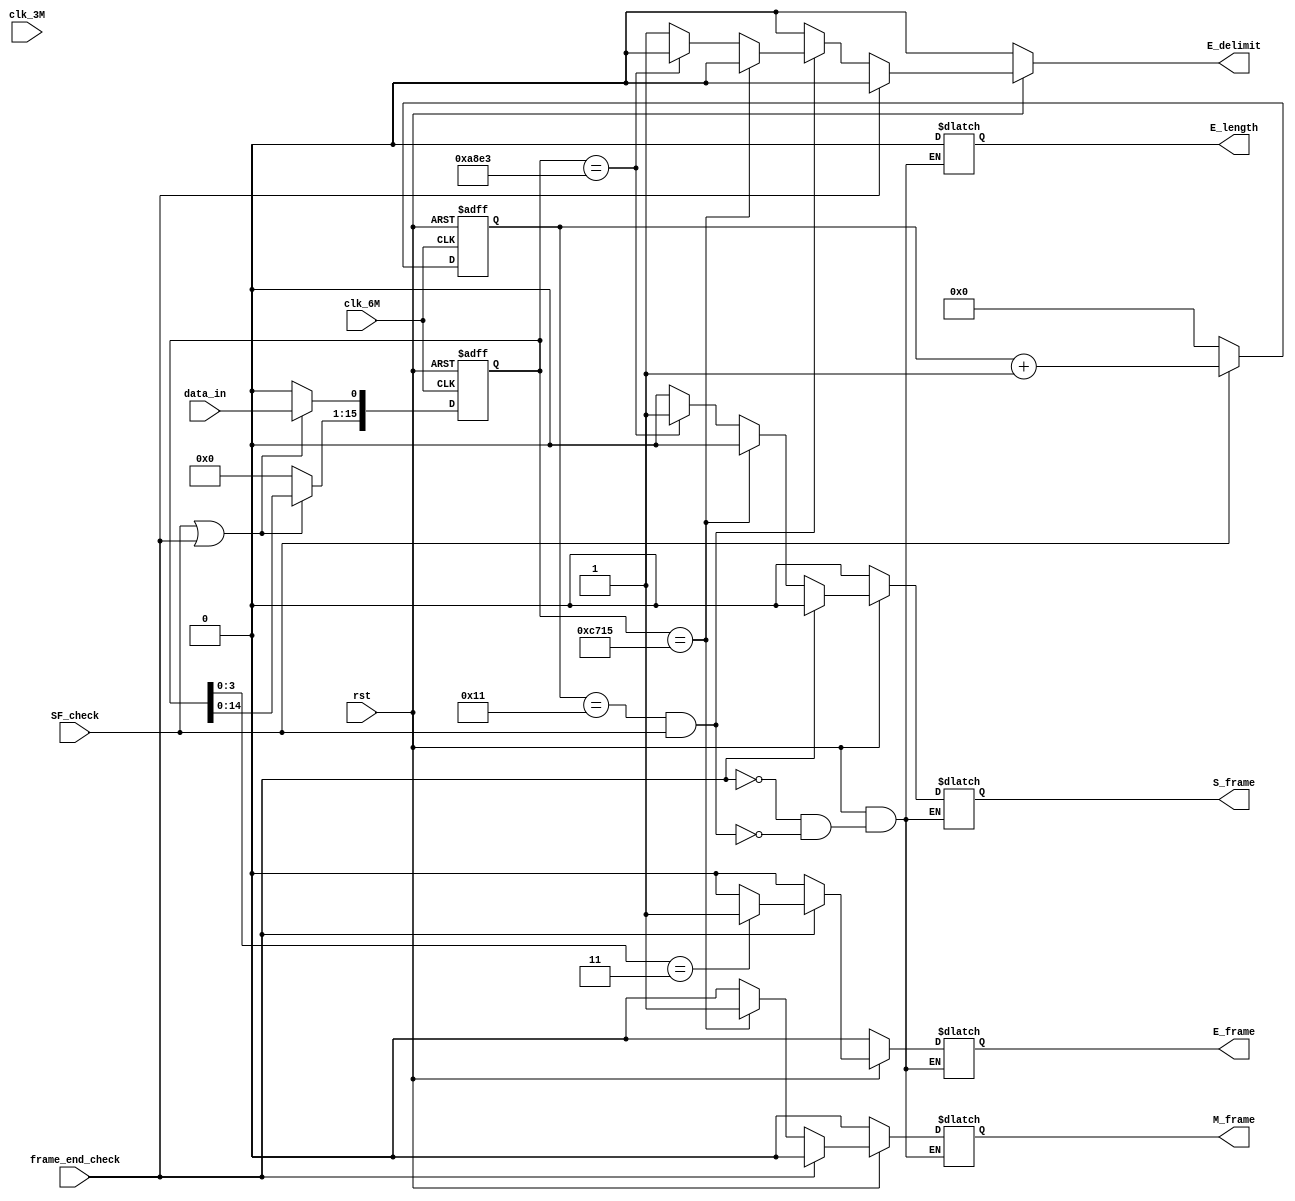
`timescale 1ns / 1ps
//////////////////////////////////////////////////////////////////////////////////
// Company: 
// Engineer: 
// 
// Design Name: 
// Module Name: delimiter_check
// Project Name: 
// Target Devices: 
// Tool Versions: 
// Description: 
// 
// Dependencies: 
// 
// Revision:
// Revision 0.01 - File Created
// Additional Comments:
// 
//////////////////////////////////////////////////////////////////////////////////


module delimiter_check(
            input           rst,                    //
            input           clk_3M,                 //3M
            input           clk_6M,                 //6M
            input           data_in,                //
            input           frame_end_check,        //
				input				 SF_check,
            output reg      M_frame,               //
            output reg      S_frame,               //
            output reg      E_frame,               //
            output reg      E_delimit,             //
            output reg      E_length               //
    );
    reg[4:0]        delimiter_counter=5'h0;
    reg[15:0]       delimiter_in=16'h0;
    wire            data;
	 parameter      M_delimiter=16'b1100011100010101;  
    parameter      S_delimiter=16'b1010100011100011;  
    parameter      E_delimiter=4'b0011;
    
    
    assign data=data_in^clk_3M;
    
    always @(negedge clk_6M or negedge rst)begin
        if(rst==1'b0)begin
            delimiter_in<=16'h0;
            delimiter_counter<=5'h0;
        end else begin
				if(SF_check==1'b1||frame_end_check==1'b1)begin
					delimiter_in[0]<=data_in;
					delimiter_in[15:1]<=delimiter_in[14:0];
				end else begin
					delimiter_in<=16'h0;
				end
				if(SF_check==1'b1) begin
					delimiter_counter<=delimiter_counter+1;
				end else begin
					delimiter_counter<=5'h0;
				end
        end
    end
    
    always @(*) begin
        if(rst==1'b0)begin
            M_frame<=1'b0;
            S_frame<=1'b0;
            E_frame<=1'b0;
            E_delimit<=1'b0;
            E_length<=1'b0;
        end else if(frame_end_check==1'b1)begin
            if(delimiter_in[3:0]==E_delimiter)begin
                M_frame<=1'b0;
                S_frame<=1'b0;
                E_frame<=1'b1;
                E_delimit<=1'b0;
                E_length<=1'b0;                
            end  else begin
                M_frame<=1'b0;
                S_frame<=1'b0;
                E_frame<=1'b0;
                E_delimit<=1'b0;            
                E_length<=1'b0;
            end
        end  else if(delimiter_counter==5'h11&&SF_check==1'b1)begin
                if(delimiter_in==M_delimiter)begin
                    M_frame<=1'b1;
                    S_frame<=1'b0;
                    E_frame<=1'b0;
                    E_delimit<=1'b0;
                    E_length<=1'b0;
                end else if(delimiter_in==S_delimiter)begin
                    S_frame<=1'b1;
                    M_frame<=1'b0;
                    E_frame<=1'b0;
                    E_delimit<=1'b0;
                    E_length<=1'b0;                
                end else begin
                    S_frame<=1'b0;
                    M_frame<=1'b0;
                    E_frame<=1'b0;
                    E_delimit<=1'b1;
                    E_length<=1'b0;
                end
        end else begin
            M_frame<=M_frame;
            S_frame<=S_frame;
            E_frame<=E_frame;
            E_delimit<=1'b0;
            E_length<=E_length;            
        end
     end
     

    
    
    
endmodule